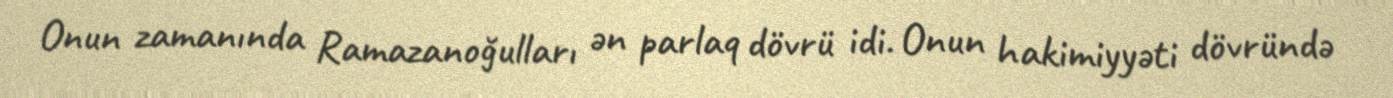
Onun zamanında Ramazanoğulları ən parlaq dövrü idi. Onun hakimiyyəti dövründə